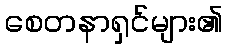
စေတနာရှင်များ၏